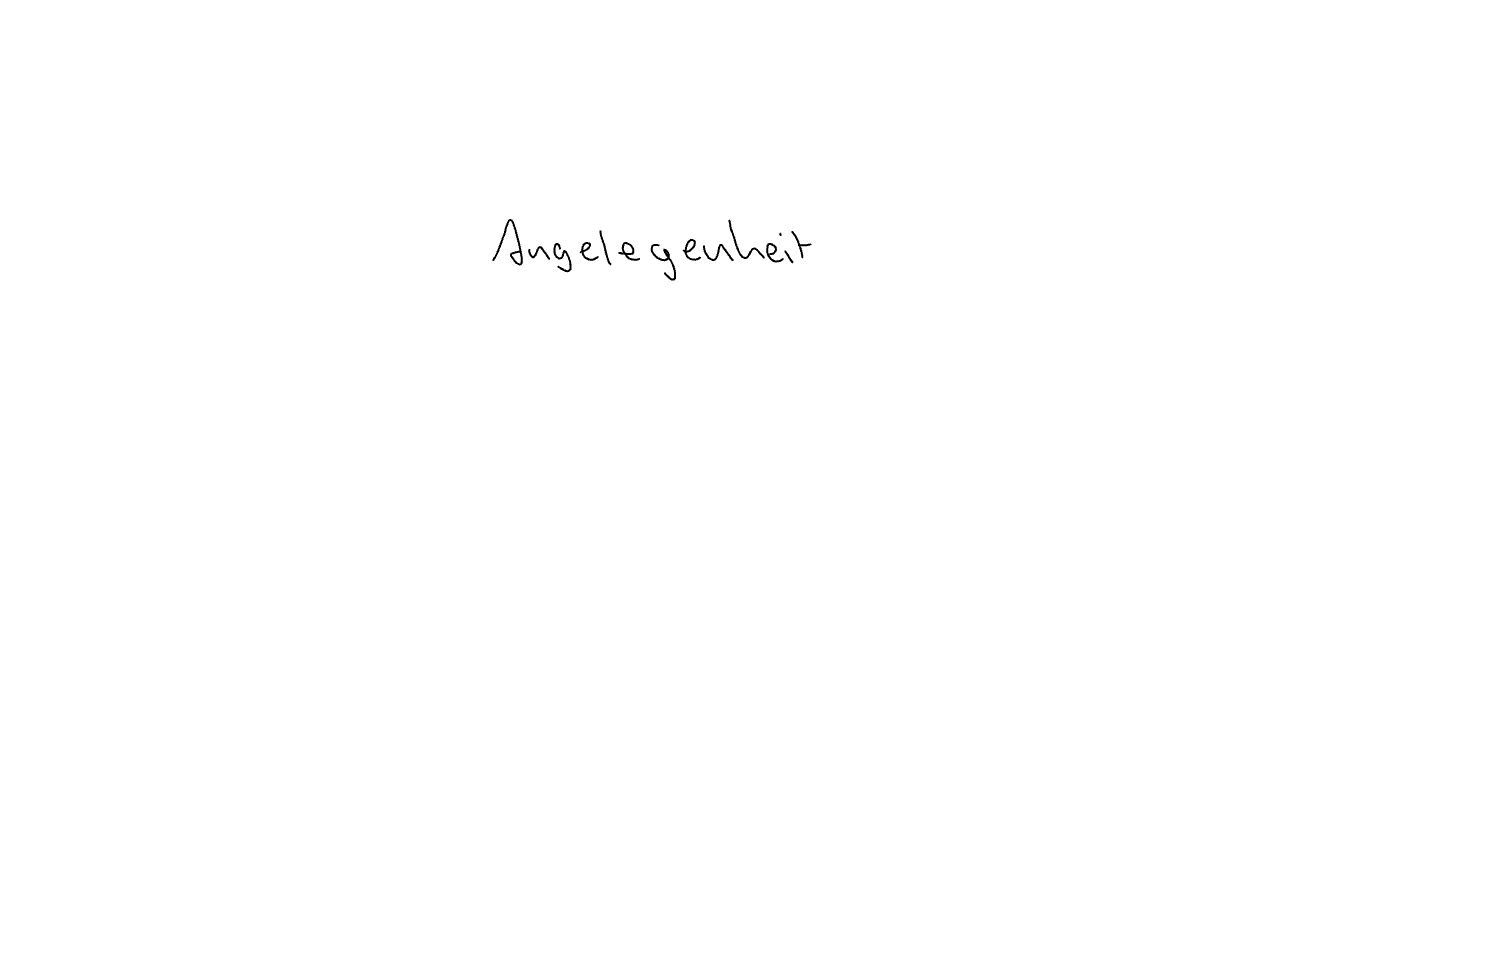
Text: Angelegenheit